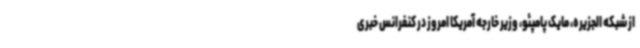
از شبکه الجزیره، مایک پامپئو، وزیر خارجه آمریکا امروز در کنفرانس خبری